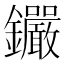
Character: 𨰫